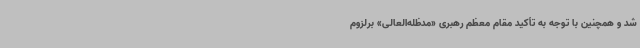
شد و همچنین با توجه به تأکید مقام معظم رهبری «مدظله‌العالی» برلزوم